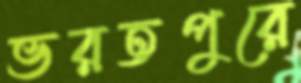
ভরতপুরে